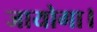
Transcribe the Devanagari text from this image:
जायोगा।